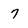
Character: 7